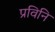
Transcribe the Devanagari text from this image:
प्रविनि